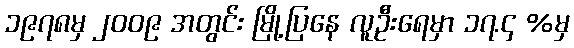
၁၉၇၈မှ ၂၀၀၉ အတွင်း မြို့ပြနေ လူဦးရေမှာ ၁၇.၄ %မှ